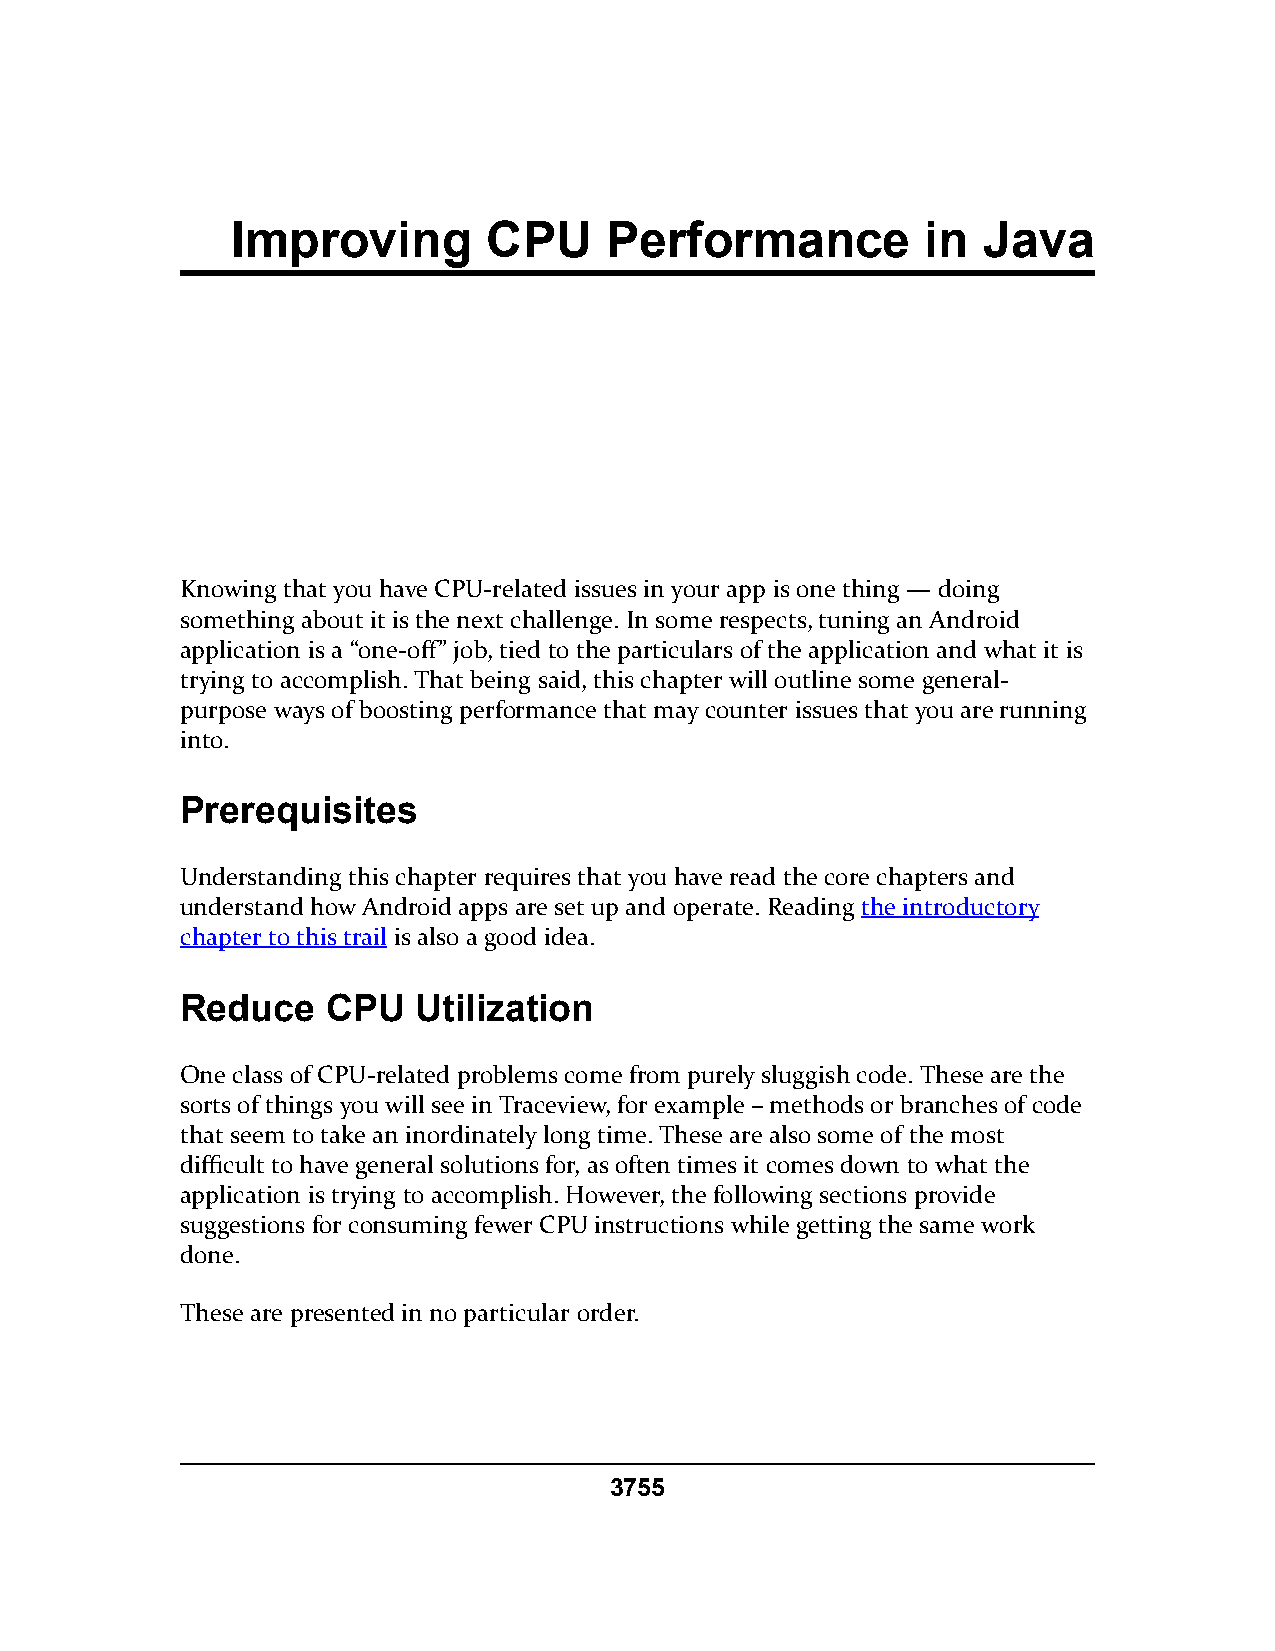
Improving        CPU     Performance          in  Java
 Knowing that you have CPU-related issues in your app is one thing — doing
 something about it is the next challenge. In some respects, tuning an Android
 application is a “one-off” job, tied to the particulars of the application and what it is
 trying to accomplish. That being said, this chapter will outline some general-
 purpose ways of boosting performance that may counter issues that you are running
 into.
 Prerequisites
 Understanding this chapter requires that you have read the core chapters and
 understand how Android apps are set up and operate. Reading the introductory
 chapter to this trail is also a good idea.
 Reduce    CPU  Utilization
 One class of CPU-related problems come from purely sluggish code. These are the
 sorts of things you will see in Traceview, for example – methods or branches of code
 that seem to take an inordinately long time. These are also some of the most
 difficult to have general solutions for, as often times it comes down to what the
 application is trying to accomplish. However, the following sections provide
 suggestions for consuming fewer CPU instructions while getting the same work
 done.
 These are presented in no particular order.
 3755